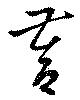
督